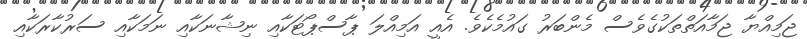
ޖަމިއްޔާ ޖަމާއަތްތަކުގެވެސް މެންބަރު ގައުމެކެވެ. އެއީ އަމިއްލަ ޕާސްޕޯޓަކާއި ނިޝާނަކާއި ނަމަކާއި ސަރުކާރަކާއި